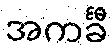
အကင်္ခီ